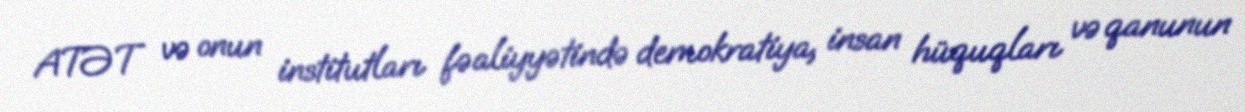
ATƏT və onun institutları fəaliyyətində demokratiya, insan hüquqları və qanunun